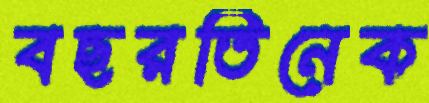
বছরতিনেক